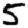
Digit: 5